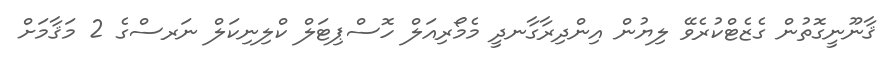
ޤާނޫނީގޮތުން ގެޒެޓްކުރެވޭ ލިޔުން އިންދިރާގާނދީ މެމޯރިއަލް ހޮސްޕިޓަލް ކްލިނިކަލް ނަރސްގެ 2 މަޤާމަށް